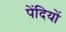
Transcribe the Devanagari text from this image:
पेंदियों